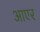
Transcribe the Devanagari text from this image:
आएर